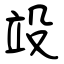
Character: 竐